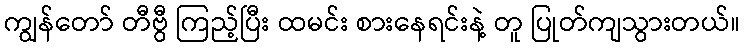
ကျွန်တော် တီဗွီ ကြည့်ပြီး ထမင်း စားနေရင်းနဲ့ တူ ပြုတ်ကျသွားတယ်။